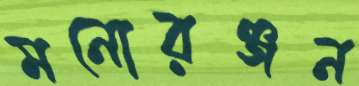
মনোরঞ্জন